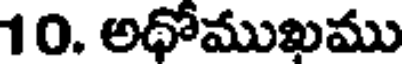
10. అధోముఖము